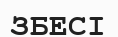
ЗБЕСІ